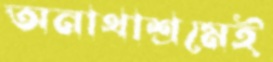
অনাথাশ্রমেই